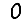
Digit: 0